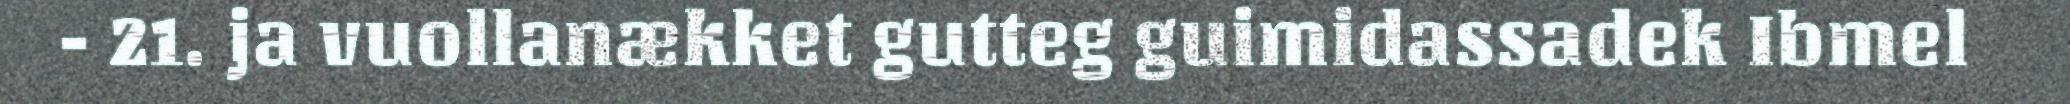
- 21. ja vuollanækket gutteg guimidassadek Ibmel